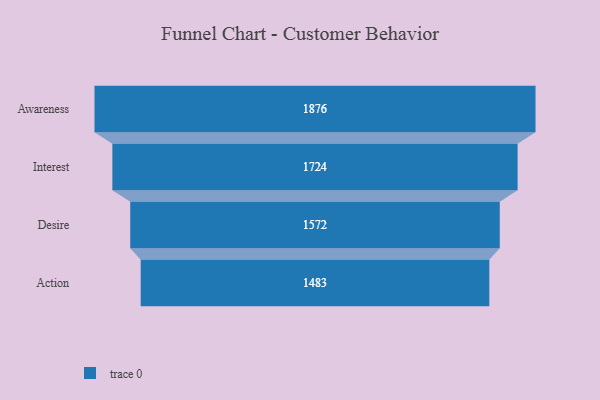
{"axis": {"x": "Stage", "y": "Value"}, "legend": [""], "data": [{"x": "Awareness", "y": 1876.0, "type": ""}, {"x": "Interest", "y": 1724.0, "type": ""}, {"x": "Desire", "y": 1572.0, "type": ""}, {"x": "Action", "y": 1483.0, "type": ""}]}